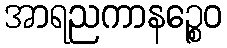
အာရညကာနဉ္စေဝ